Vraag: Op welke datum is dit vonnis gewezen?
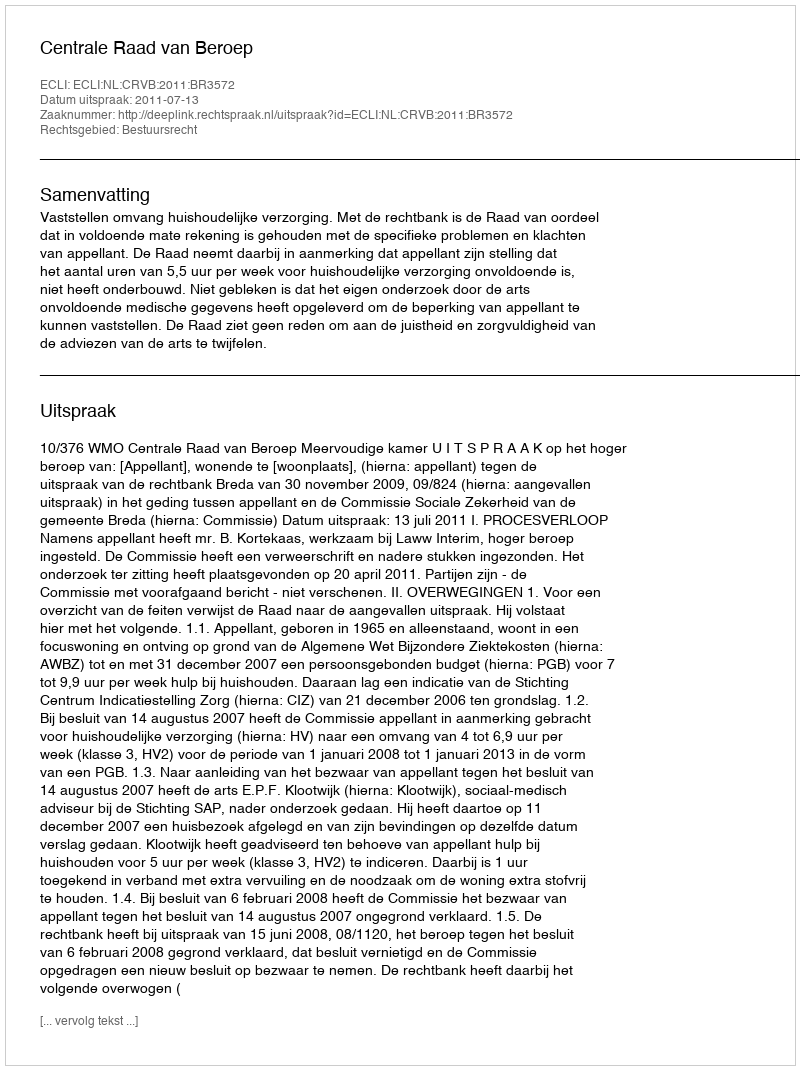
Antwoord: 2011-07-13